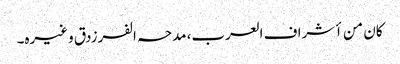
کان من أشراف العرب، مدحہ الفرزدق وغیرہ۔